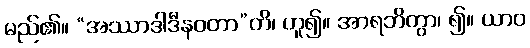
မည်၏။ “အဿာဒါဒီနဝတာ”တိ၊ ဟူ၍။ အာရဘိတွာ၊ ၍။ ယာဝ